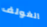
الغولف